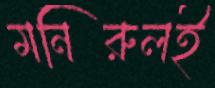
মনিরুলই